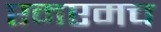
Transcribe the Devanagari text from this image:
एमएमच